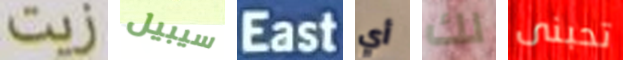
زيت سيبيل East أي لك تحبنى